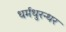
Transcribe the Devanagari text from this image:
धर्मधुरन्धर